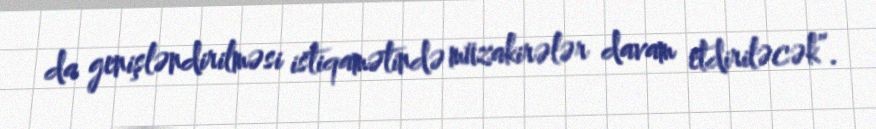
da genişləndirilməsi istiqamətində müzakirələr davam etdiriləcək”.